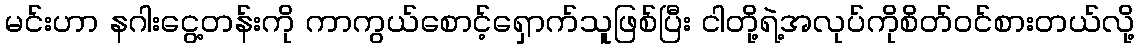
မင်းဟာ နဂါးငွေ့တန်းကို ကာကွယ်စောင့်ရှောက်သူဖြစ်ပြီး ငါတို့ရဲ့အလုပ်ကိုစိတ်ဝင်စားတယ်လို့